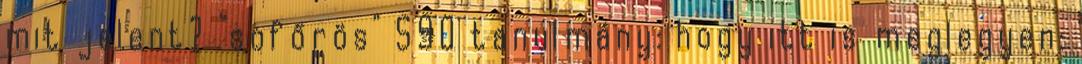
mit jelent? "sofőrös" S90 tanulmány: hogy itt is meglegyen: